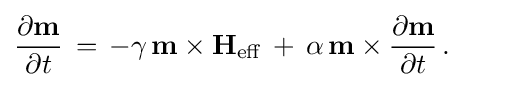
{\frac {\partial {\textbf {m}}}{\partial t}}\,=\,-\gamma \,{\textbf {m}}\times {\textbf {H}}_{\mathrm {eff} }\,+\,\alpha \,{\textbf {m}}\times {\frac {\partial {\textbf {m}}}{\partial t}}\,.\qquad